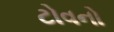
ટોવનો